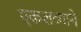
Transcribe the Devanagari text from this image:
एकलव्याने